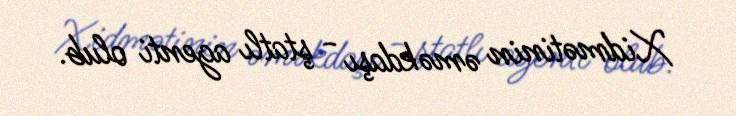
Xidmətinin əməkdaşı - ştatlı agenti olub.